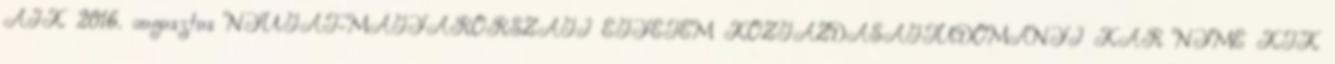
ÁJK 2016. augusztus NYUGAT-MAGYARORSZÁGI EGYETEM KÖZGAZDASÁGTUDOMÁNYI KAR NYME KTK